Language: tamil
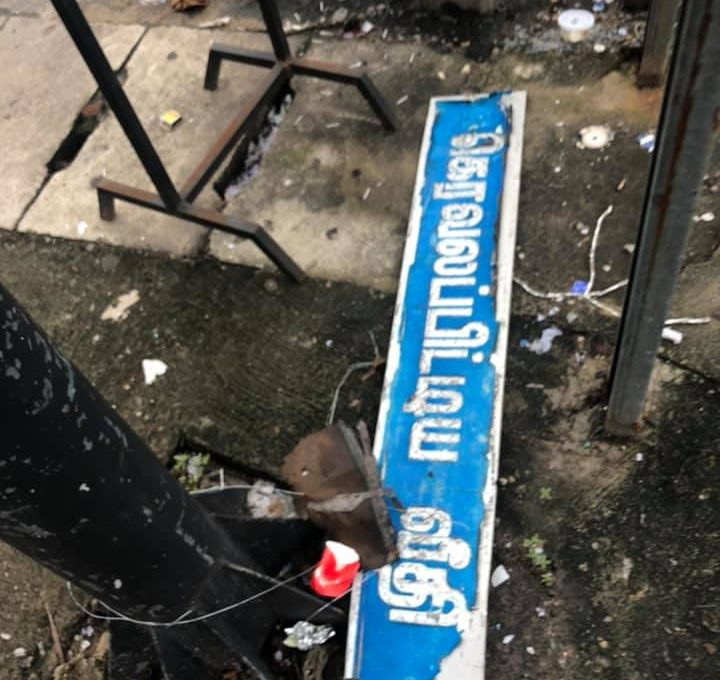
Transcription: வீதி